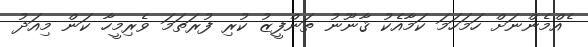
ެެއްމެންނަށް ހަމަހަމަ ކަމާއެކު ޤާނޫނު ތަންފީޒު ކުރި ފުރަތަމަ ވެރިމީހާ ކަން މިއަދު